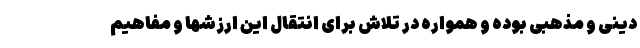
دینی و مذهبی بوده و همواره در تلاش برای انتقال این ارزشها و مفاهیم